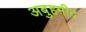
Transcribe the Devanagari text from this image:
अबुहमीद